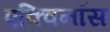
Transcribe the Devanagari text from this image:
एक्विनॉस